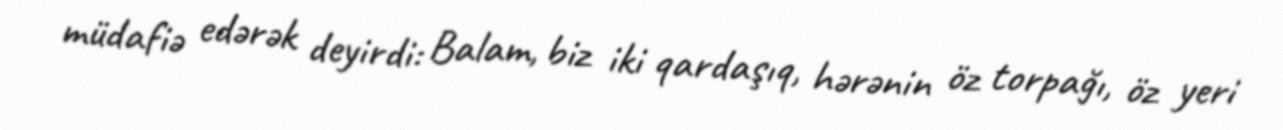
müdafiə edərək deyirdi: Balam, biz iki qardaşıq, hərənin öz torpağı, öz yeri